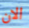
الان